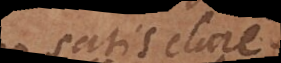
satis clare